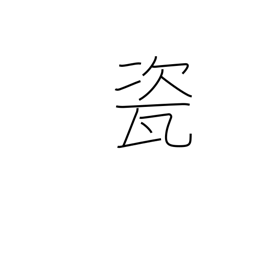
Meaning: high quality porcelain